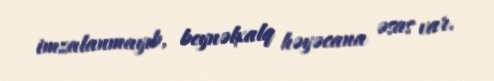
imzalanmayıb, beynəlxalq həyəcana əsas var.